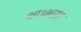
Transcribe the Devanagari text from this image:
था।भरत